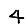
Digit: 4